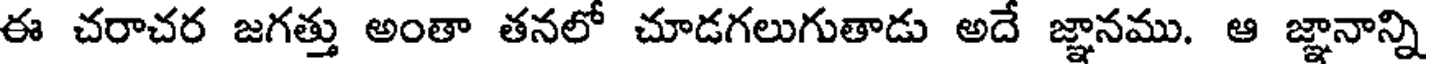
ఈ చరాచర జగత్తు అంతా తనలో చూడగలుగుతాడు అదే జ్ఞానము. ఆ జ్ఞానాన్ని